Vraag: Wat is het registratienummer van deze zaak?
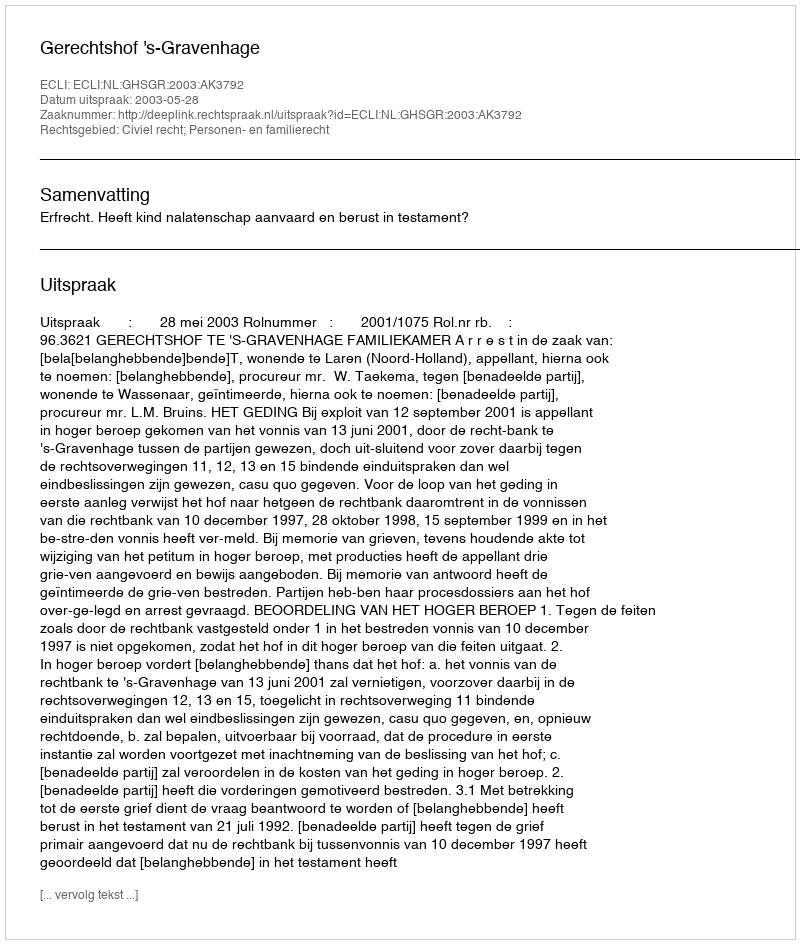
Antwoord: http://deeplink.rechtspraak.nl/uitspraak?id=ECLI:NL:GHSGR:2003:AK3792